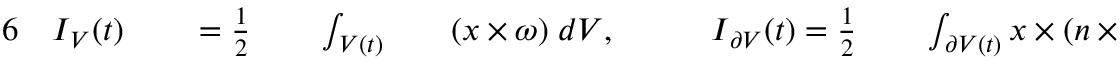
\begin{array} { r l r l r l r l r l r l } { { 6 } } & { { } \boldsymbol { I } _ { V } ( t ) } & { } & { { } = \frac { 1 } { 2 } } & { } & { { } \int _ { V ( t ) } } & { } & { { } ( \boldsymbol { x } \times \boldsymbol { \omega } ) \; d V , \quad } & { } & { { } \boldsymbol { I } _ { \partial V } ( t ) = \frac { 1 } { 2 } } & { } & { { } \int _ { \partial V ( t ) } \boldsymbol { x } \times ( \boldsymbol { n } \times \boldsymbol { u } ) \; d S , } \end{array}